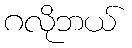
ဂလိုဘယ်